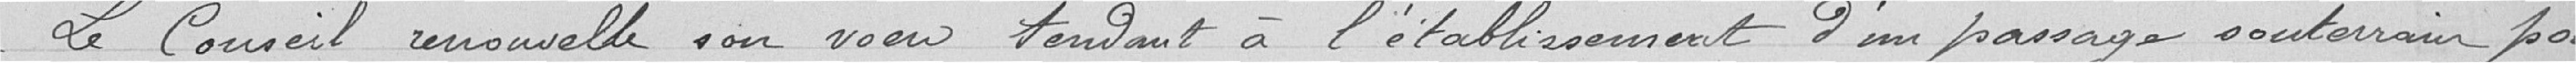
Le conseil renouvelle son vœu tendant à l’établissement d’un passage souterrain pour